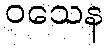
ဝသေန